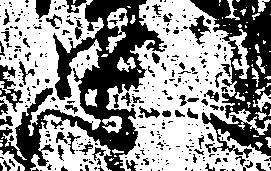
忠